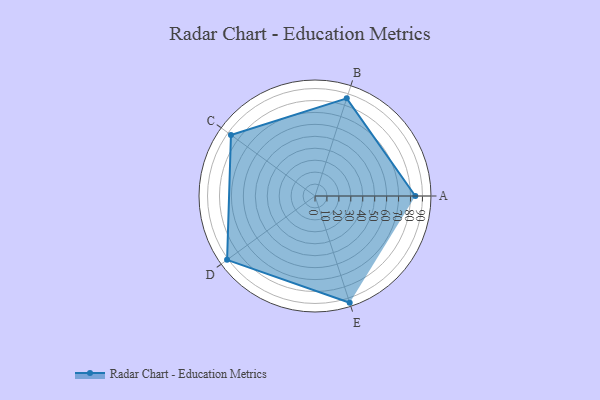
{"axis": {"x": "Skill", "y": "Score"}, "legend": ["Profile"], "data": [{"x": "A", "y": 84.0, "type": "Profile"}, {"x": "B", "y": 86.0, "type": "Profile"}, {"x": "C", "y": 87.0, "type": "Profile"}, {"x": "D", "y": 91.0, "type": "Profile"}, {"x": "E", "y": 94.0, "type": "Profile"}]}